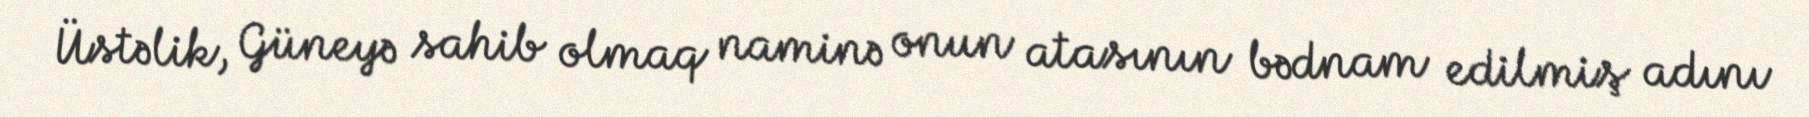
Üstəlik, Güneyə sahib olmaq naminə onun atasının bədnam edilmiş adını